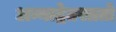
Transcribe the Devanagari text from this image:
अन्नाद्रेतस्ततो